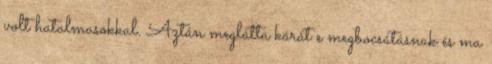
volt hatalmasokkal. Aztán meglátta kárát e megbocsátásnak és ma